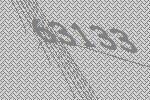
63133